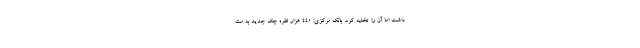
داشت اما آن را تخلیه کرد. بانک مرکزی: ۴۴۰ هزار فقره چک جدید به مت